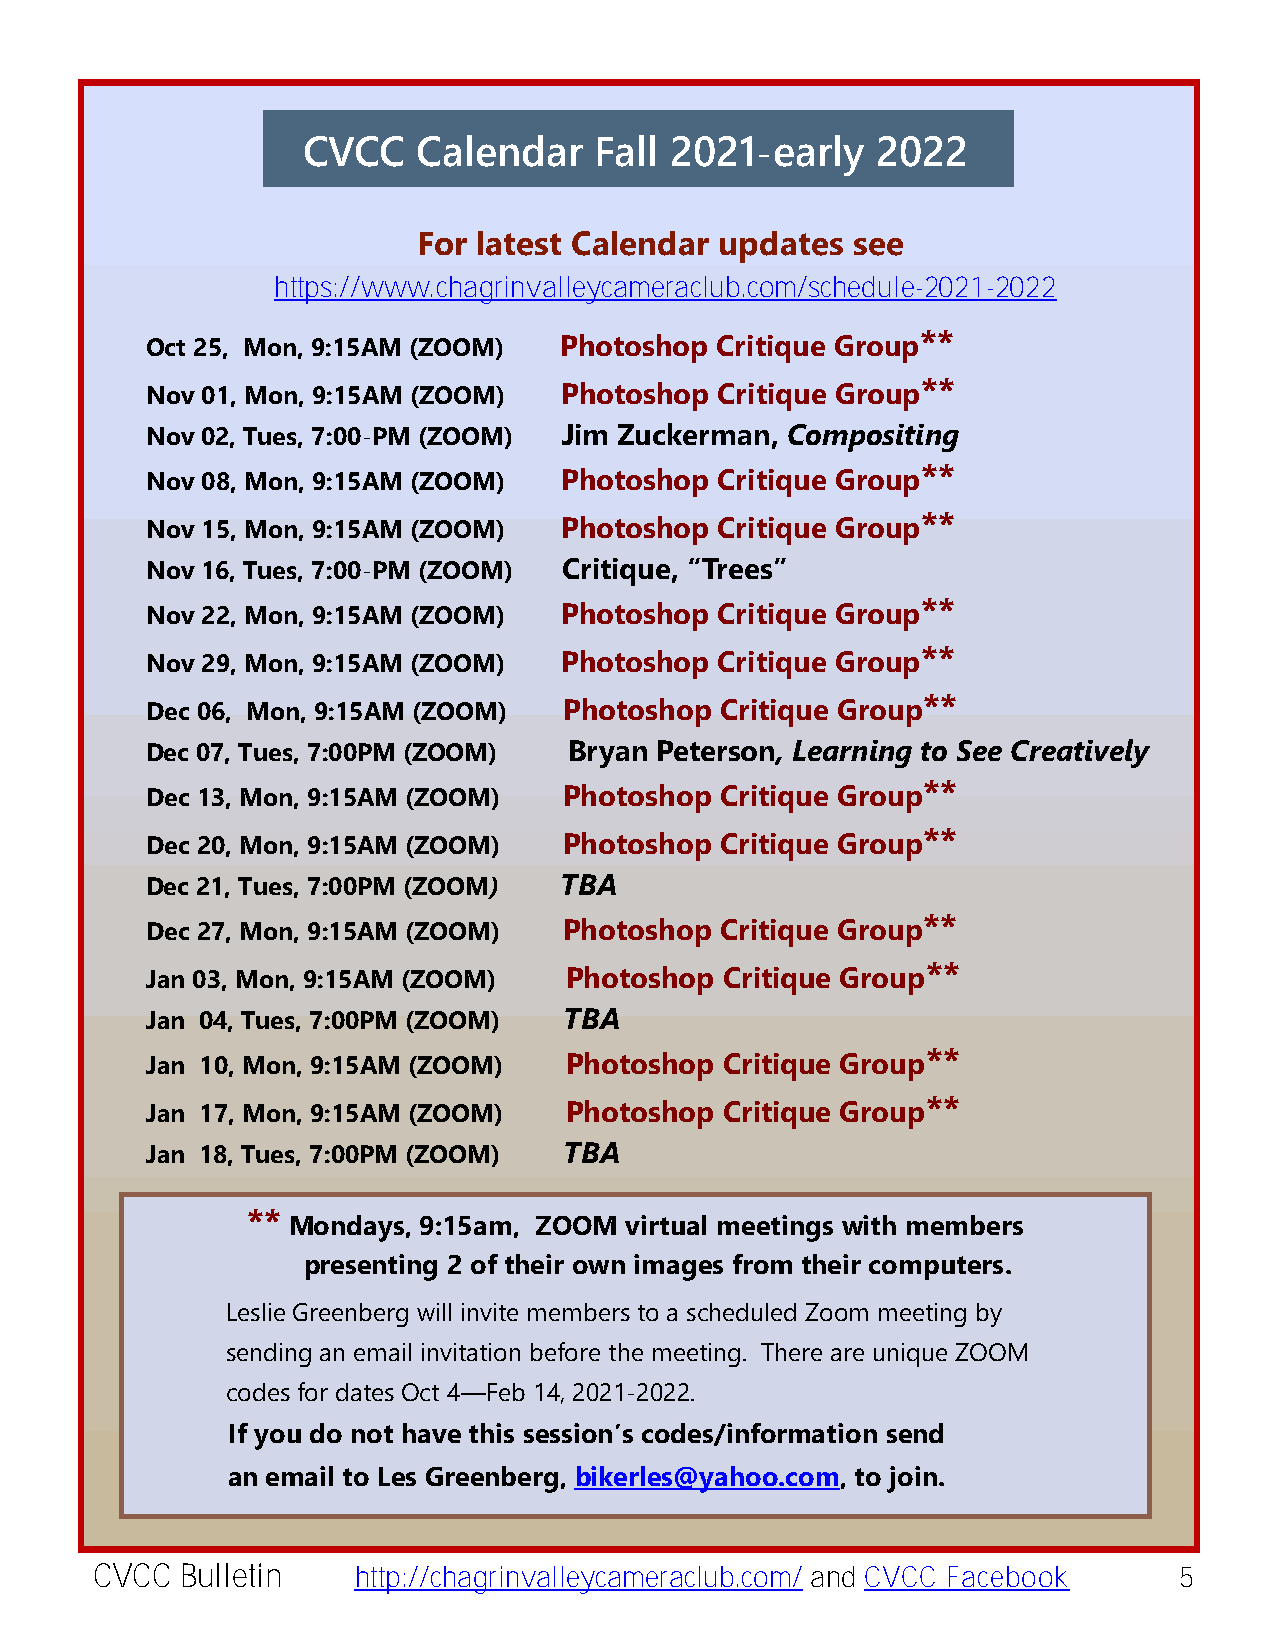
CVCC    Calendar   Fall 2021-early    2022
 For lParteessitd Ceanlte’sn dMaers usapgdea tes see
 https://www.chagrinvalleycameraclub.com/schedule-2021-2022
 **
 Oct 25, Mon, 9:15AM (ZOOM) Photoshop Critique Group
 **
 Nov 01, Mon, 9:15AM (ZOOM) Photoshop  Critique Group
 Nov 02, Tues, 7:00-PM (ZOOM) Jim Zuckerman, Compositing
 **
 Nov 08, Mon, 9:15AM (ZOOM) Photoshop  Critique Group
 **
 Nov 15, Mon, 9:15AM (ZOOM) Photoshop  Critique Group
 Nov 16, Tues, 7:00-PM (ZOOM) Critique, “Trees”
 **
 Nov 22, Mon, 9:15AM (ZOOM) Photoshop  Critique Group
 **
 Nov 29, Mon, 9:15AM (ZOOM) Photoshop  Critique Group
 **
 Dec 06, Mon, 9:15AM (ZOOM) Photoshop  Critique Group
 Dec 07, Tues, 7:00PM (ZOOM) Bryan Peterson, Learning to See Creatively
 **
 Dec 13, Mon, 9:15AM (ZOOM) Photoshop  Critique Group
 **
 Dec 20, Mon, 9:15AM (ZOOM) Photoshop  Critique Group
 Dec 21, Tues, 7:00PM (ZOOM) TBA
 **
 Dec 27, Mon, 9:15AM (ZOOM) Photoshop  Critique Group
 **
 Jan 03, Mon, 9:15AM (ZOOM) Photoshop  Critique Group
 Jan 04, Tues, 7:00PM (ZOOM) TBA
 **
 Jan 10, Mon, 9:15AM (ZOOM) Photoshop  Critique Group
 **
 Jan 17, Mon, 9:15AM (ZOOM) Photoshop  Critique Group
 Jan 18, Tues, 7:00PM (ZOOM) TBA
 **
 Mondays, 9:15am, ZOOM virtual meetings with members
 presenting 2 of their own images from their computers.
 Leslie Greenberg will invite mMemarbienras tNoe ay smchaend uled Zoom meeting by
 CVCC President
 sending an email invitation before the meeting. There are unique ZOOM
 2019-2020 Program Year
 codes for dates Oct 4—Feb 14, 2021-2022.
 If you do not have this session’s codes/information send
 an email to Les Greenberg, bikerles@yahoo.com, to join.
 CVCC  Bulletin   http://chagrinvalleycameraclub.com/ and CVCC Facebook  5